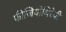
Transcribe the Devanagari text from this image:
फीजियोथिरेपी